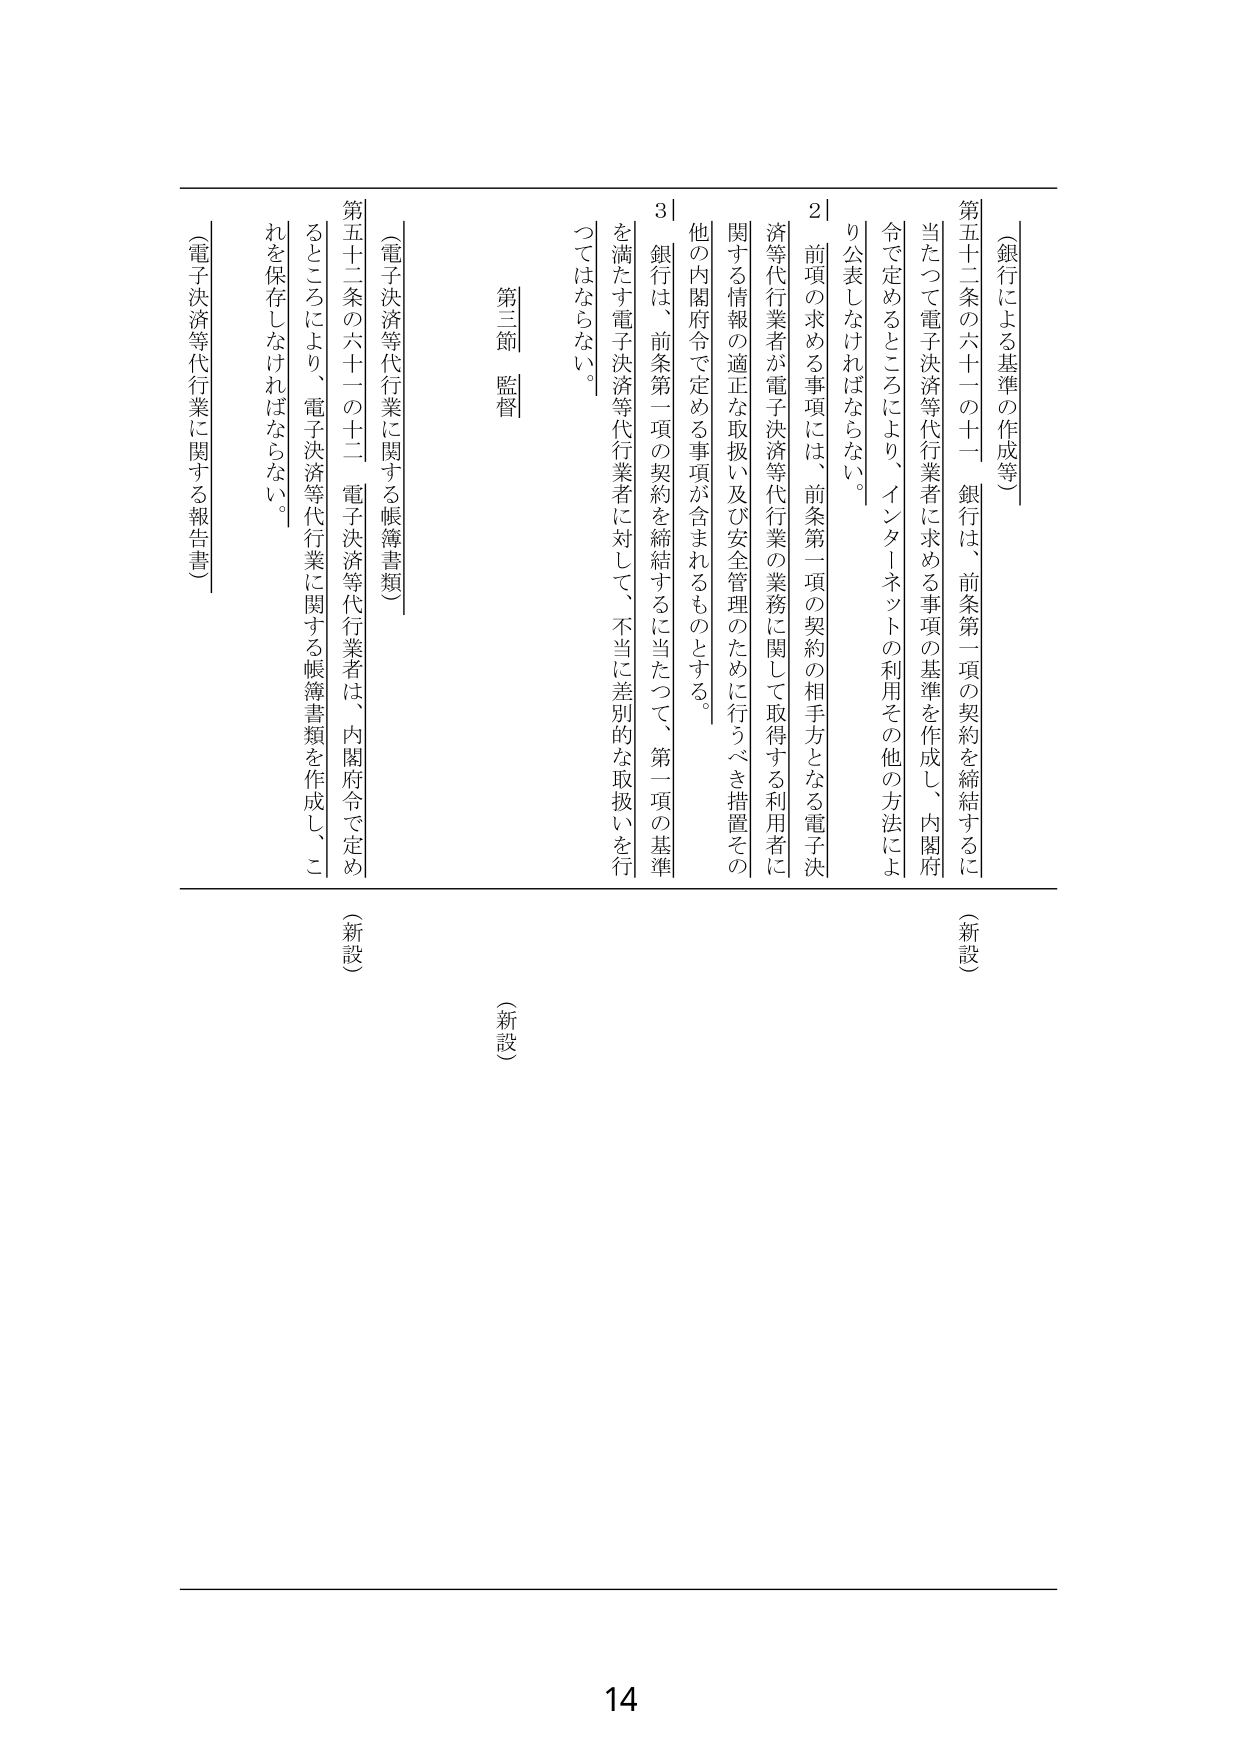
（銀行による基準の作成等）

第五十二条の六十一の十一 銀行は、前条第一項の契約を締結するに当たって電子決済等代行業者に求める事項の基準を作成し、内閣府令で定めるところにより、インターネットの利用その他の方法により公表しなければならない。

２ 前項の求める事項には、前条第一項の契約の相手方となる電子決済等代行業者が電子決済等代行業の業務に関して取得する利用者に関する情報の適正な取扱い及び安全管理のために行うべき措置その他の内閣府令で定める事項が含まれるものとする。

３ 銀行は、前条第一項の契約を締結するに当たって、第一項の基準を満たす電子決済等代行業者に対して、不当に差別的な取扱いを行ってはならない。

第三節 監督

（電子決済等代行業に関する帳簿書類）

第五十二条の六十一の十二 電子決済等代行業者は、内閣府令で定めるところにより、電子決済等代行業に関する帳簿書類を作成し、これを保存しなければならない。

（電子決済等代行業に関する報告書）

（新設）

（新設）

14